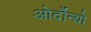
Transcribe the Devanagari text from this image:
ओर्दोन्यो